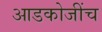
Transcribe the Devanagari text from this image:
आडकोजींच